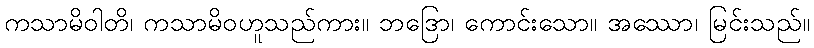
ကသာမိဝါတိ၊ ကသာမိဝဟူသည်ကား။ ဘဒြော၊ ကောင်းသော။ အဿော၊ မြင်းသည်။